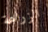
الزراعة